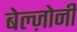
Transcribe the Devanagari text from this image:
बेल्ज़ोनी